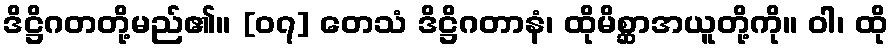
ဒိဋ္ဌိဂတတို့မည်၏။ [၀၇] တေသံ ဒိဋ္ဌိဂတာနံ၊ ထိုမိစ္ဆာအယူတို့ကို။ ဝါ၊ ထို